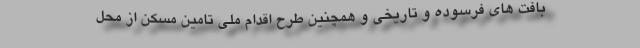
بافت های فرسوده و تاریخی و همچنین طرح اقدام ملی تامین مسکن از محل